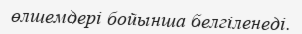
өлшемдері бойынша белгіленеді.